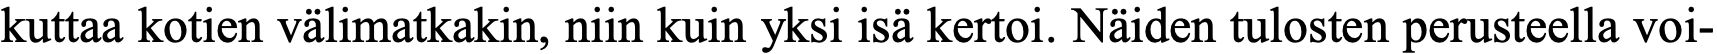
kuttaa kotien välimatkakin, niin kuin yksi isä kertoi. Näiden tulosten perusteella voi-